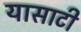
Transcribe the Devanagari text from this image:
यासाटी